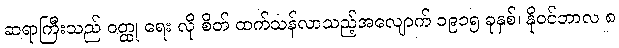
ဆရာကြီးသည် ဝတ္ထု ရေး လို စိတ် ထက်သန်လာသည့်အလျောက် ၁၉၁၅ ခုနှစ်၊ နိုဝင်ဘာလ ၈